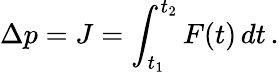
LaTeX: \Delta p=J=\int_{t_{1}}^{t_{2}}F(t)\, dt\, .